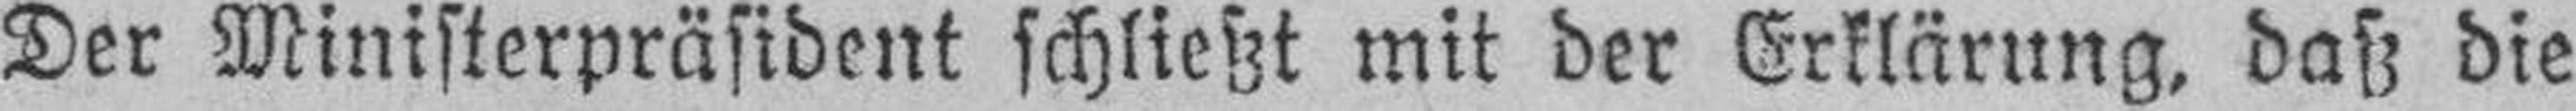
Der Ministerpräsident schließt mit der Erklärung, daß die